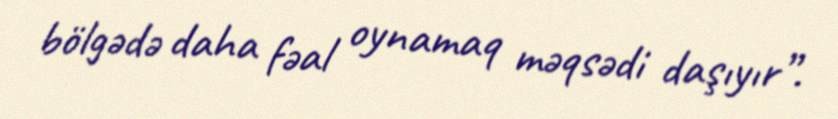
bölgədə daha fəal oynamaq məqsədi daşıyır”.